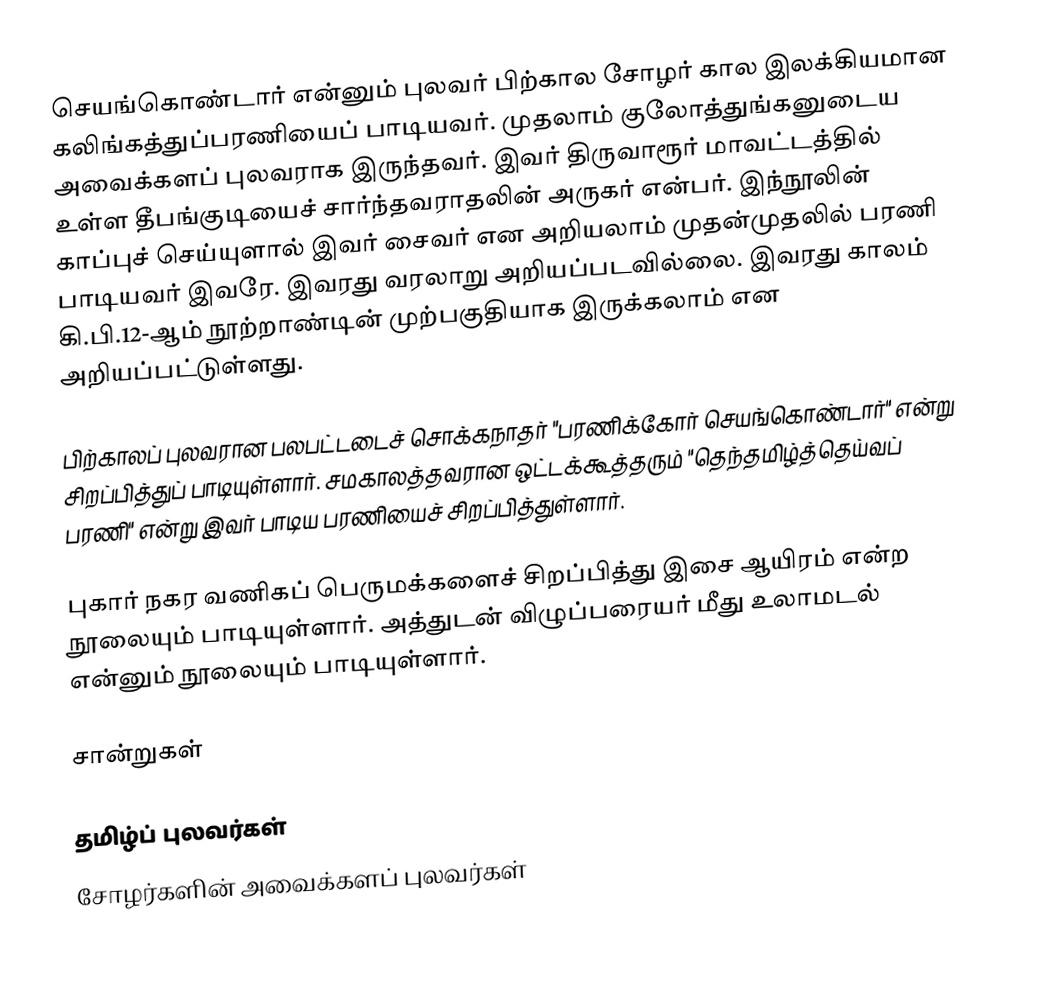
செயங்கொண்டார் என்னும் புலவர் பிற்கால சோழர் கால இலக்கியமான கலிங்கத்துப்பரணியைப் பாடியவர். முதலாம் குலோத்துங்கனுடைய அவைக்களப் புலவராக இருந்தவர். இவர் திருவாரூர் மாவட்டத்தில் உள்ள தீபங்குடியைச் சார்ந்தவராதலின் அருகர் என்பர். இந்நூலின் காப்புச் செய்யுளால் இவர் சைவர் என அறியலாம் முதன்முதலில் பரணி பாடியவர் இவரே. இவரது வரலாறு அறியப்படவில்லை. இவரது காலம் கி.பி.12-ஆம் நூற்றாண்டின் முற்பகுதியாக இருக்கலாம் என அறியப்பட்டுள்ளது.

பிற்காலப் புலவரான பலபட்டடைச் சொக்கநாதர் "பரணிக்கோர் செயங்கொண்டார்" என்று சிறப்பித்துப் பாடியுள்ளார். சமகாலத்தவரான ஒட்டக்கூத்தரும் "தெந்தமிழ்த்தெய்வப் பரணி" என்று இவர் பாடிய பரணியைச் சிறப்பித்துள்ளார்.

புகார் நகர வணிகப் பெருமக்களைச் சிறப்பித்து இசை ஆயிரம் என்ற நூலையும் பாடியுள்ளார். அத்துடன் விழுப்பரையர் மீது உலாமடல் என்னும் நூலையும் பாடியுள்ளார்.

சான்றுகள்

தமிழ்ப் புலவர்கள்
சோழர்களின் அவைக்களப் புலவர்கள்